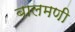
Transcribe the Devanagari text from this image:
बालमणी